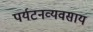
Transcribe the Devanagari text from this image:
पर्यटनव्यवसाय